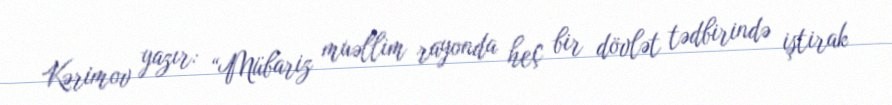
Kərimov yazır: “Mübariz muəllim rayonda heç bir dövlət tədbirində iştirak